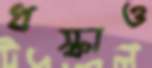
ধস্‌কাও